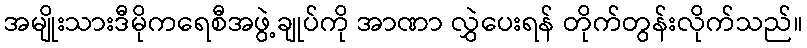
အမျိုးသားဒီမိုကရေစီအဖွဲ့ချုပ်ကို အာဏာ လွှဲပေးရန် တိုက်တွန်းလိုက်သည်။